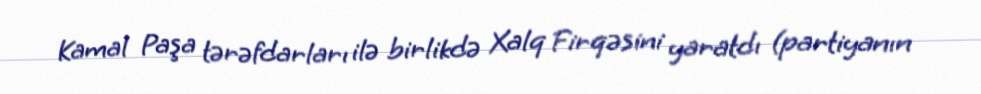
Kamal Paşa tərəfdarları ilə birlikdə Xalq Firqəsini yaratdı (partiyanın